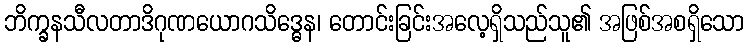
ဘိက္ခနသီလတာဒိဂုဏယောဂသိဒ္ဓေန၊ တောင်းခြင်းအလေ့ရှိသည်သူ၏ အဖြစ်အစရှိသော